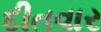
દીતવાર